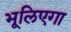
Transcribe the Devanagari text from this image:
भूलिएगा